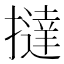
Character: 撻